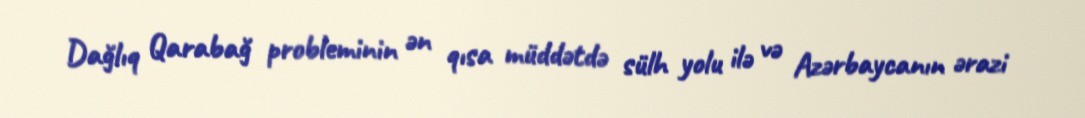
Dağlıq Qarabağ probleminin ən qısa müddətdə sülh yolu ilə və Azərbaycanın ərazi